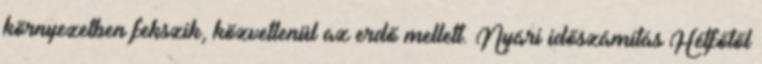
környezetben fekszik, közvetlenül az erdő mellett. Nyári időszámítás Hétfőtől